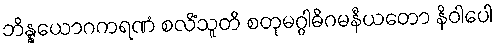
ဘိန္နယောဂကရဏံ စလိံသူတိ စတုမဂ္ဂါဓိဂမနီယတော နိဝါပေါ